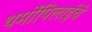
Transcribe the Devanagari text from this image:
थर्मोपिलाईचे